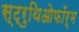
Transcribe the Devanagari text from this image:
स्ट्रुथिओफॉर्म